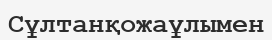
Сұлтанқожаұлымен